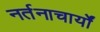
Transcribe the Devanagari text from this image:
नर्तनाचार्यों